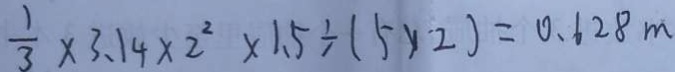
\frac { 1 } { 3 } \times 3 . 1 4 \times 2 ^ { 2 } \times 1 . 5 \div ( 5 \times 2 ) = 0 . 6 2 8 m